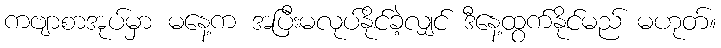
ကဗျာစာအုပ်မှာ မနေ့က အပြီးမလုပ်နိုင်ခဲ့လျှင် ဒီနေ့ထွက်နိုင်မည် မဟုတ်။